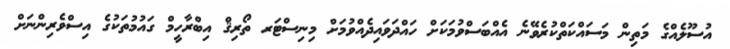
އުސޫލެއްގެ މަތިން މަސައްކަތްކުރެވޭނެ އެއްބަސްވުމަކަށް ހައްދަވައިދެއްވުމަށް މިނިސްޓަރ ތޯރިޤް އިބްރާހީމް ގައުމުތަކުގެ އިސްވެރިންނަށް